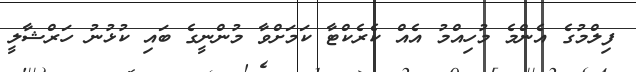
ފިލްމުގެ އެންމެ މުހިއްމު އެއް ކެރެކްޓާ ކަމަށްވާ މުންނީގެ ބައި ކުޅުނު ހަރްޝާލީ